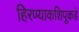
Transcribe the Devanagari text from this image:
हिरण्याकशिपूकडे